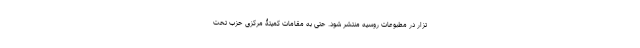
تزار در مطبوعات روسیه منتشر شود. حتی به مقامات کمیتۀ مرکزی حزب تحت